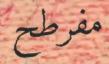
مفرطح